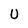
Character: U